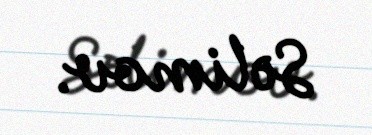
Səlimov.